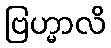
ဗြဟ္မာလိ